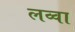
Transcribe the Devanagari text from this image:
लव्वा